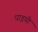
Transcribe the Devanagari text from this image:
धाइयो